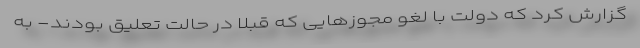
گزارش کرد که دولت با لغو مجوزهایی که قبلاً در حالت تعلیق بودند- به